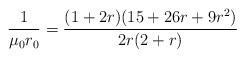
LaTeX: \begin{align*}\frac{1}{\mu_{0}r_{0}} = \frac{(1+2r)(15+26r+9r^{2})}{2r(2+r)}\end{align*}